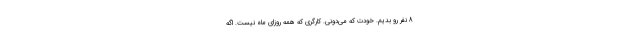
8 نفر رو بديم. خودت كه مي‌دوني. كارگري كه همه روزاي ماه نيست. اگه